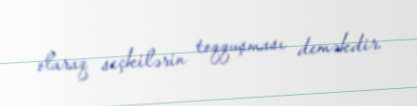
olaraq seçkilərin toqquşması deməkdir.